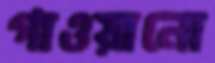
গাওয়ানো